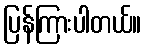
ပြန်ကြားပါတယ်။